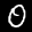
Label: 0